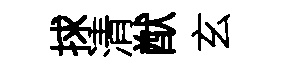
捄清猷玄